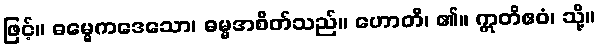
ဖြင့်။ ဓမ္မေကဒေသော၊ ဓမ္မအစိတ်သည်။ ဟောတိ၊ ၏။ ဣတိဧဝံ၊ သို့။